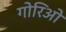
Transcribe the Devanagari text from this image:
गोरिओ